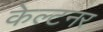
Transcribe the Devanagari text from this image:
केल्टनर